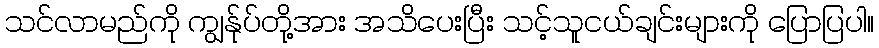
သင်လာမည်ကို ကျွန်ုပ်တို့အား အသိပေးပြီး သင့်သူငယ်ချင်းများကို ပြောပြပါ။